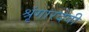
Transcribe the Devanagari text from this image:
श्रृंगारदेवी